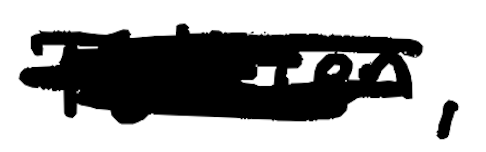
Text: Tolkien,
Cross-out: scratch
Writing tool: digital_black